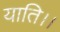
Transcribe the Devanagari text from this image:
याति।।